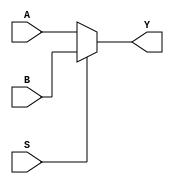
module multiplexer (
    input S,
    input A,
    input B,
    output Y
);

// Selecting the output based on the value of the select input
assign Y = (S) ? B : A;

endmodule